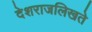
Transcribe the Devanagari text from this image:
देशराजलिखते